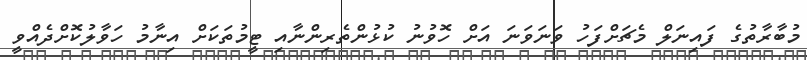
މުބާރާތުގެ ފައިނަލް މެޗަށްފަހު ވަނަވަނަ އަށް ހޮވުނު ކުޅުންތެރިންނާއި ޓީމުތަކަށް އިނާމު ހަވާލުކޮށްދެއްވީ